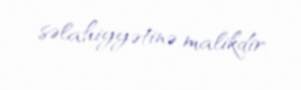
səlahiyyətinə malikdir.